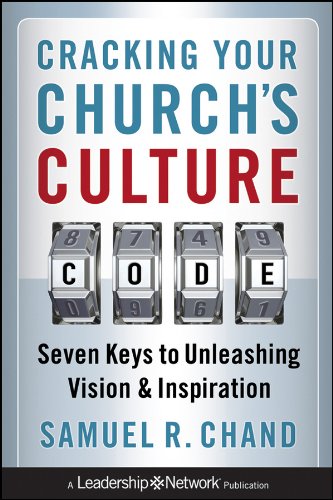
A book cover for Cracking Your Church's Culture Code: Seven Keys to Unleashing Vision and Inspiration; Samuel R. Chand; Christian Books & Bibles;